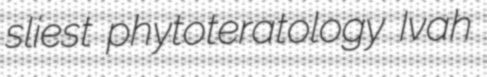
sliest phytoteratology Ivah